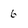
Character: 6